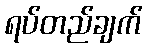
ရပ်တည်ချက်